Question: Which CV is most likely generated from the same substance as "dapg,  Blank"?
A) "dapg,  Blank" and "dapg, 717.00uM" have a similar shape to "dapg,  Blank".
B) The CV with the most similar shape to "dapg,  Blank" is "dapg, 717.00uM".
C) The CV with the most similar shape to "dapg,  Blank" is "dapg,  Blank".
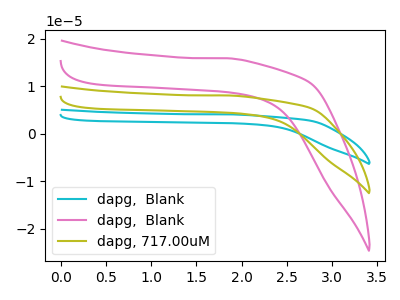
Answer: <think>The cyan curve "dapg,  Blank" has no peaks. The pink curve "dapg,  Blank" has no peaks. The olive curve "dapg, 717.00uM" has no peaks.
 Neither "dapg,  Blank" or "dapg,  Blank" have any peaks. Neither "dapg,  Blank" or "dapg, 717.00uM" have any peaks. Neither "dapg,  Blank" or "dapg, 717.00uM" have any peaks.</think>
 <answer>A) "dapg,  Blank" and "dapg, 717.00uM" have a similar shape to "dapg,  Blank".</answer>
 <eval>A</eval>